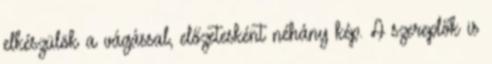
elkészülök a vágással, előzetesként néhány kép. A szereplők is